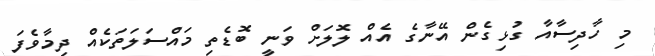
މި ހާދިސާއާ ގުޅިގެން އޭނާގެ އެއް ލޮލަށް ވަނީ ބޮޑެތި މައްސަލަތަކެއް ދިމާވެފަ